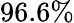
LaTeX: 96.6\%